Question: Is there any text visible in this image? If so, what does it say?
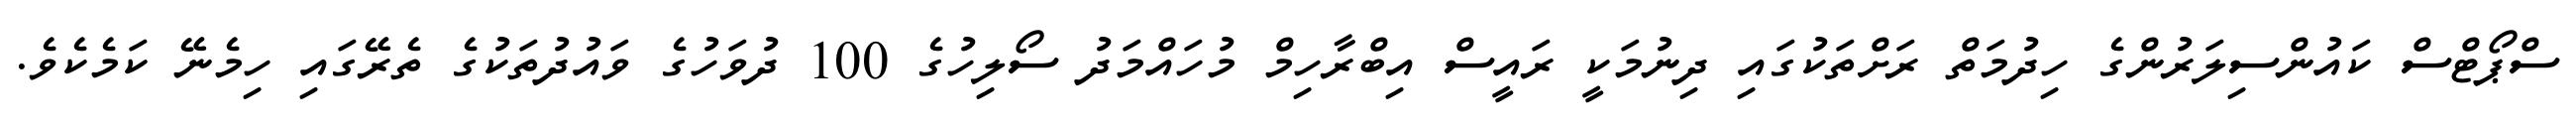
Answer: ސްޕޯޓްސް ކައުންސިލަރުންގެ ހިދުމަތް ރަށްތަކުގައި ދިނުމަކީ ރައީސް އިބްރާހިމް މުހައްމަދު ސޯލިހުގެ 100 ދުވަހުގެ ވައުދުތަކުގެ ތެރޭގައި ހިމެނޭ ކަމެކެވެ.